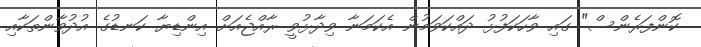
ކޮންފަރެންސް" ގައި ވާހަކަފުޅު ދައްކަވަމުން އެކަމަނާ ވިދާޅުވީ ރާއްޖެއަށް އިންޑިޔާ ކަނޑުގެ އުދުވާންތަކާއި